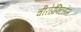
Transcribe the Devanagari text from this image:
चीरोप्रेक्टिसेस